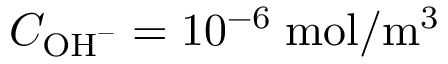
C _ { \mathrm { O H } ^ { - } } = 1 0 ^ { - 6 } \; \mathrm { m o l } / \mathrm { m } ^ { 3 }